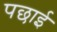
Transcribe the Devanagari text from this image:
पछाई